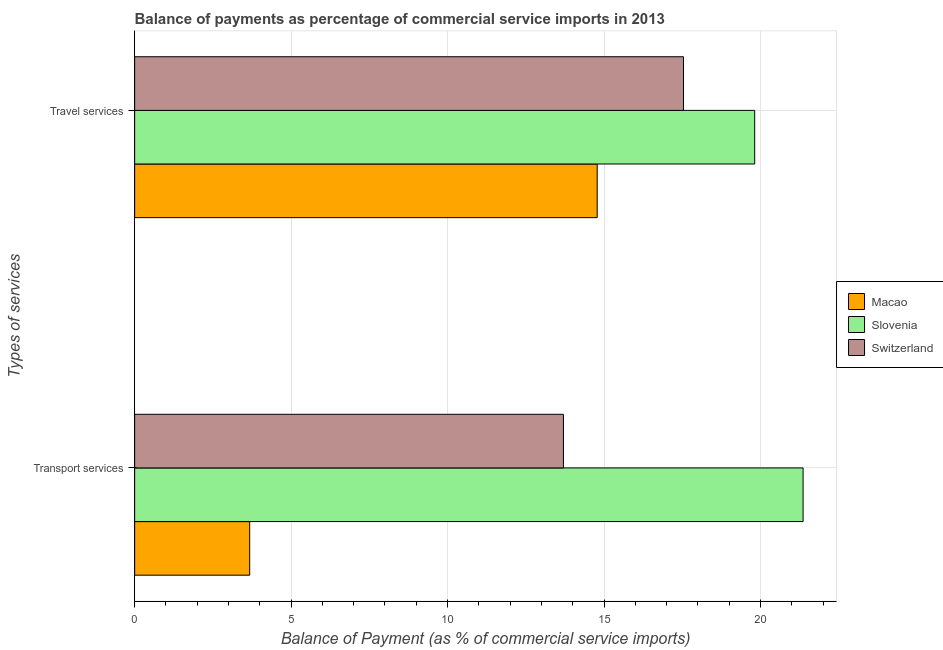
| Types of services | Macao | Slovenia | Switzerland |
 | --- | --- | --- | --- |
 | Transport services | 3.68 | 21.4 | 13.7 |
 | Travel services | 14.8 | 19.8 | 17.5 |